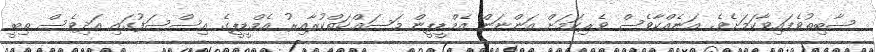
ޞާބިތުވެފައިވާކަމަށެވެ. އަނެއްކާވެސް ވެރިކަމަށް އަންނަން އެމްޑީޕީން މަސައްކަތްކުރާއިރު އެމްޑީޕީގެ އިސްސަފުގައި އަދިވެސް ތިބީ